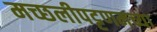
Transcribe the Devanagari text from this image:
मच्छलीपट्टणमच्या